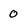
Character: 0